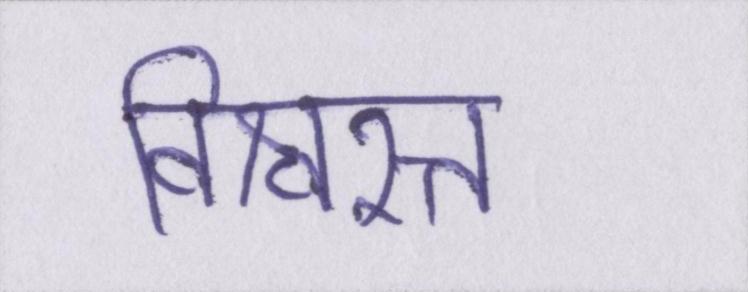
विश्वस्त